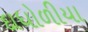
દાધોળીયા